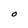
Character: O